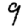
Digit: 9